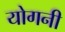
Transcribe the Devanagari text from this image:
योगनी